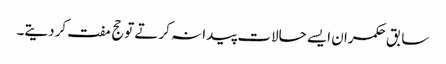
سابق حکمران ایسے حالات پیدا نہ کرتے توحج مفت کردیتے۔